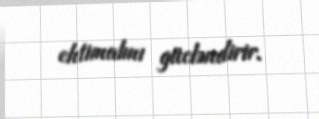
ehtimalını gücləndirir.